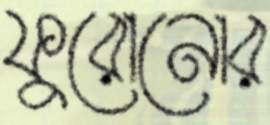
ফুরোনোর